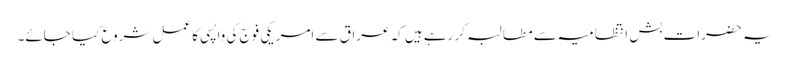
یہ حضرات بش انتظامیہ سے مطالبہ کر رہے ہیں کہ عراق سے امریکی فوج کی واپسی کا عمل شروع کیا جائے۔